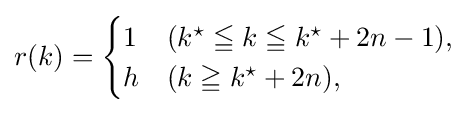
r(k)={\begin{cases}1&(k^{\star }\leqq k\leqq k^{\star }+2n-1),\\h&(k\geqq k^{\star }+2n),\end{cases}}